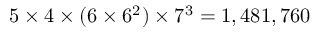
5 \times 4 \times ( 6 \times 6 ^ { 2 } ) \times 7 ^ { 3 } = 1 , 4 8 1 , 7 6 0